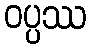
ဝပ္ပဿ